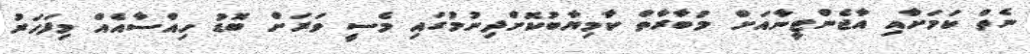
ނެތް ކަމަށާއި އާޖެންޓީނާއަށް މުބާރާތް ކާމިޔާބުކޮށްދިނުމުގައި މެސީ ވަރަށް ބޮޑު ހިއްސާއެއް މިފަހަރު